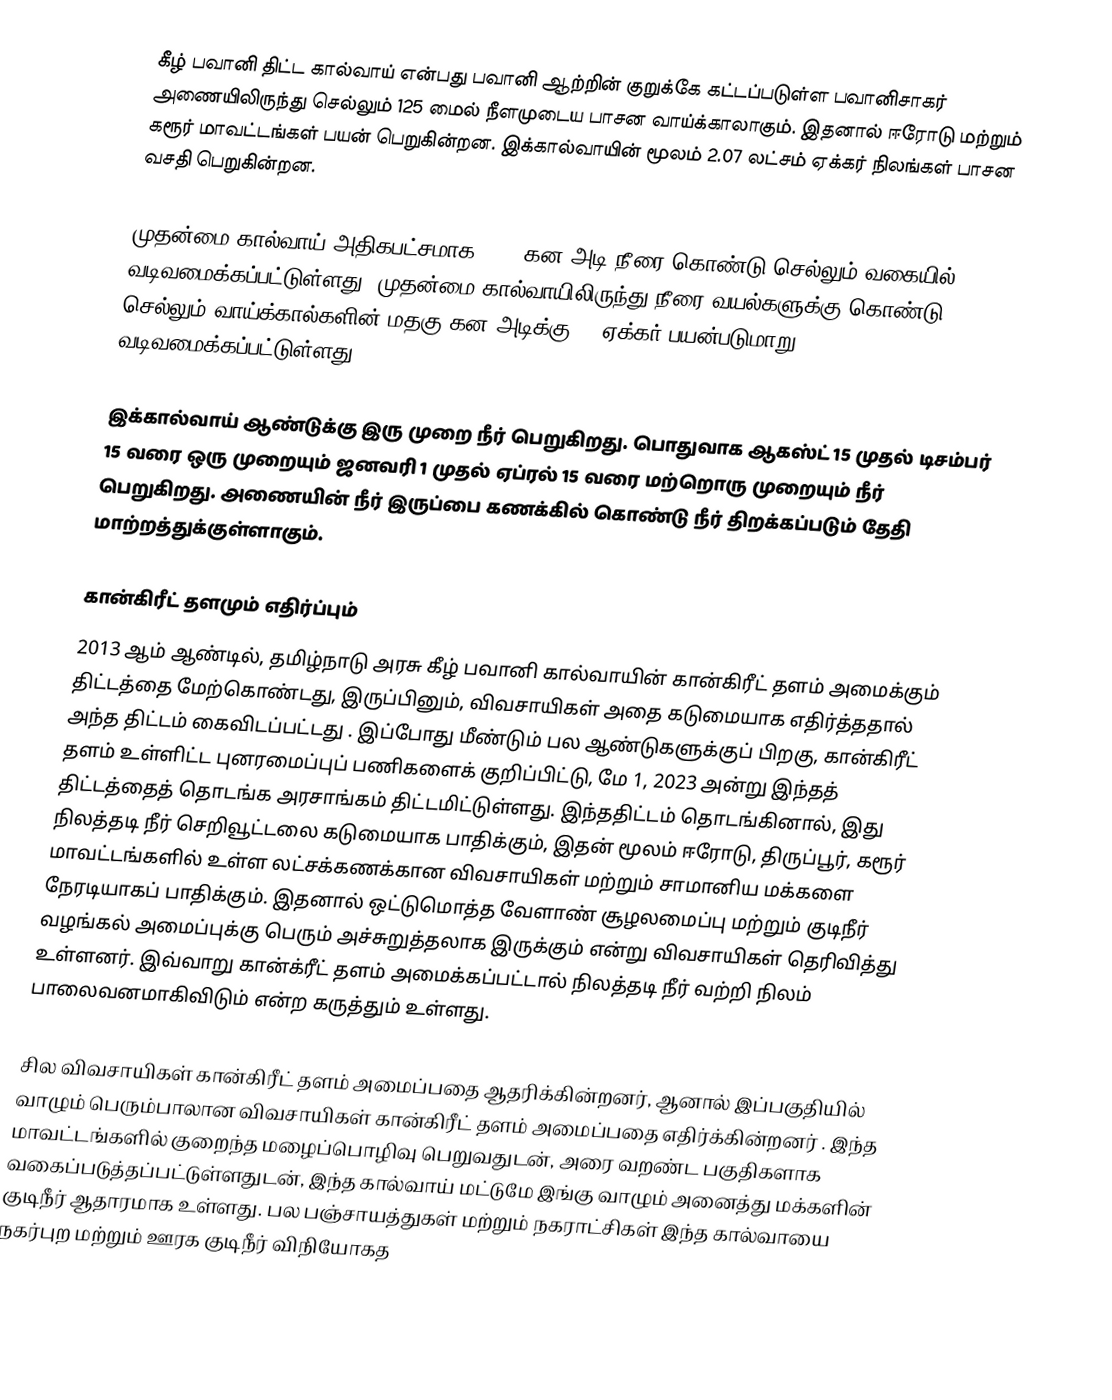
கீழ் பவானி திட்ட கால்வாய் என்பது பவானி ஆற்றின் குறுக்கே கட்டப்படுள்ள பவானிசாகர் அணையிலிருந்து செல்லும் 125 மைல் நீளமுடைய பாசன வாய்க்காலாகும். இதனால் ஈரோடு மற்றும் கரூர் மாவட்டங்கள் பயன் பெறுகின்றன. இக்கால்வாயின் மூலம் 2.07 லட்சம் ஏக்கர் நிலங்கள் பாசன வசதி பெறுகின்றன.

முதன்மை கால்வாய் அதிகபட்சமாக 2300 கன அடி நீரை கொண்டு செல்லும் வகையில் வடிவமைக்கப்பட்டுள்ளது. முதன்மை கால்வாயிலிருந்து நீரை வயல்களுக்கு கொண்டு செல்லும் வாய்க்கால்களின் மதகு கன அடிக்கு 60 ஏக்கர் பயன்படுமாறு வடிவமைக்கப்பட்டுள்ளது.

இக்கால்வாய் ஆண்டுக்கு இரு முறை நீர் பெறுகிறது. பொதுவாக ஆகஸ்ட் 15 முதல் டிசம்பர் 15 வரை ஒரு முறையும் ஜனவரி 1 முதல் ஏப்ரல் 15 வரை மற்றொரு முறையும் நீர் பெறுகிறது. அணையின் நீர் இருப்பை கணக்கில் கொண்டு நீர் திறக்கப்படும் தேதி மாற்றத்துக்குள்ளாகும்.

கான்கிரீட் தளமும் எதிர்ப்பும்
2013 ஆம் ஆண்டில், தமிழ்நாடு  அரசு கீழ் பவானி  கால்வாயின் கான்கிரீட் தளம் அமைக்கும் திட்டத்தை மேற்கொண்டது, இருப்பினும், விவசாயிகள் அதை கடுமையாக எதிர்த்ததால் அந்த திட்டம் கைவிடப்பட்டது . இப்போது மீண்டும் பல ஆண்டுகளுக்குப் பிறகு, கான்கிரீட் தளம்  உள்ளிட்ட புனரமைப்புப் பணிகளைக் குறிப்பிட்டு, மே 1, 2023 அன்று இந்தத் திட்டத்தைத் தொடங்க அரசாங்கம் திட்டமிட்டுள்ளது. இந்ததிட்டம் தொடங்கினால், இது நிலத்தடி நீர் செறிவூட்டலை கடுமையாக பாதிக்கும், இதன் மூலம் ஈரோடு, திருப்பூர், கரூர் மாவட்டங்களில் உள்ள லட்சக்கணக்கான விவசாயிகள் மற்றும் சாமானிய மக்களை நேரடியாகப் பாதிக்கும். இதனால் ஒட்டுமொத்த வேளாண் சூழலமைப்பு மற்றும் குடிநீர் வழங்கல் அமைப்புக்கு பெரும் அச்சுறுத்தலாக இருக்கும் என்று விவசாயிகள் தெரிவித்து உள்ளனர். இவ்வாறு கான்க்ரீட் தளம் அமைக்கப்பட்டால் நிலத்தடி நீர் வற்றி நிலம் பாலைவனமாகிவிடும் என்ற கருத்தும் உள்ளது.

சில விவசாயிகள் கான்கிரீட் தளம் அமைப்பதை ஆதரிக்கின்றனர், ஆனால் இப்பகுதியில் வாழும் பெரும்பாலான விவசாயிகள் கான்கிரீட் தளம் அமைப்பதை எதிர்க்கின்றனர் . இந்த மாவட்டங்களில் குறைந்த மழைப்பொழிவு பெறுவதுடன், அரை வறண்ட பகுதிகளாக வகைப்படுத்தப்பட்டுள்ளதுடன், இந்த கால்வாய் மட்டுமே இங்கு வாழும் அனைத்து மக்களின் குடிநீர் ஆதாரமாக உள்ளது. பல பஞ்சாயத்துகள் மற்றும் நகராட்சிகள் இந்த கால்வாயை நகர்புற மற்றும் ஊரக குடிநீர் விநியோகத